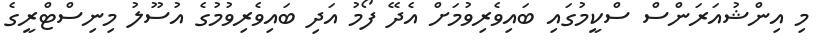
މި އިންޝުއަރަންސް ސްކީމުގައި ބައިވެރިވުމަށް އެދޭ ފޯމު އަދި ބައިވެރިވުމުގެ އުސޫލު މިނިސްޓްރީގެ